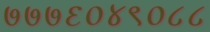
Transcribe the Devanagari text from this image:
७७७६०४९०८८